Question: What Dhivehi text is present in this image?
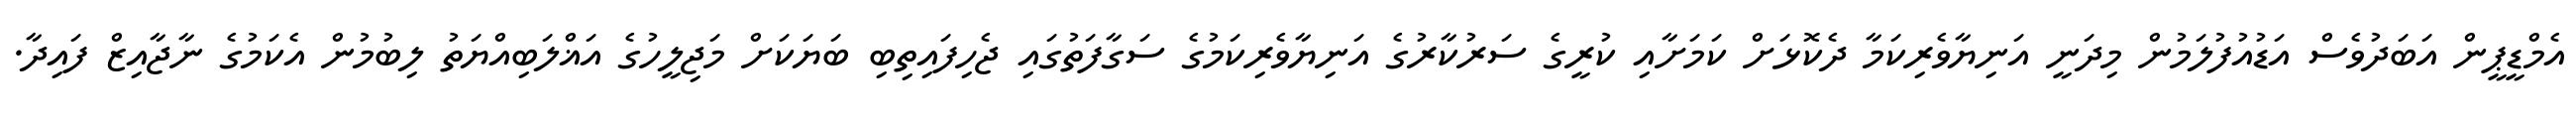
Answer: އެމްޑީޕީން އަބަދުވެސް އަޑުއުފުލަމުން މިދަނީ އަނިޔާވެރިކަމާ ދެކޮޅަށް ކަމަށާއި ކުރީގެ ސަރުކާރުގެ އަނިޔާވެރިކަމުގެ ސަގާފަތުގައި ޖެހިފައިތިބި ބަޔަކަށް މަޖިލީހުގެ އަޣްލަބިއްޔަތު ލިބުމުން އެކަމުގެ ނާޖާއިޒް ފައިދާ.